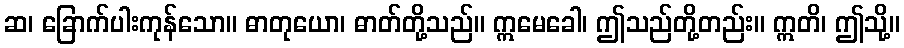
ဆ၊ ခြောက်ပါးကုန်သော။ ဓာတုယော၊ ဓာတ်တို့သည်။ ဣမေခေါ၊ ဤသည်တို့တည်း။ ဣတိ၊ ဤသို့။